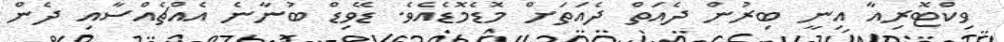
ވިކްޓޮރިއާ އިނީ ބިރުން ދެއަތް ދެއަތަށް މޮޑެމޮޑެއެވެ. ޑޭވިޑް ބުނާނެ އެއްޗެއްސާއި ދެން